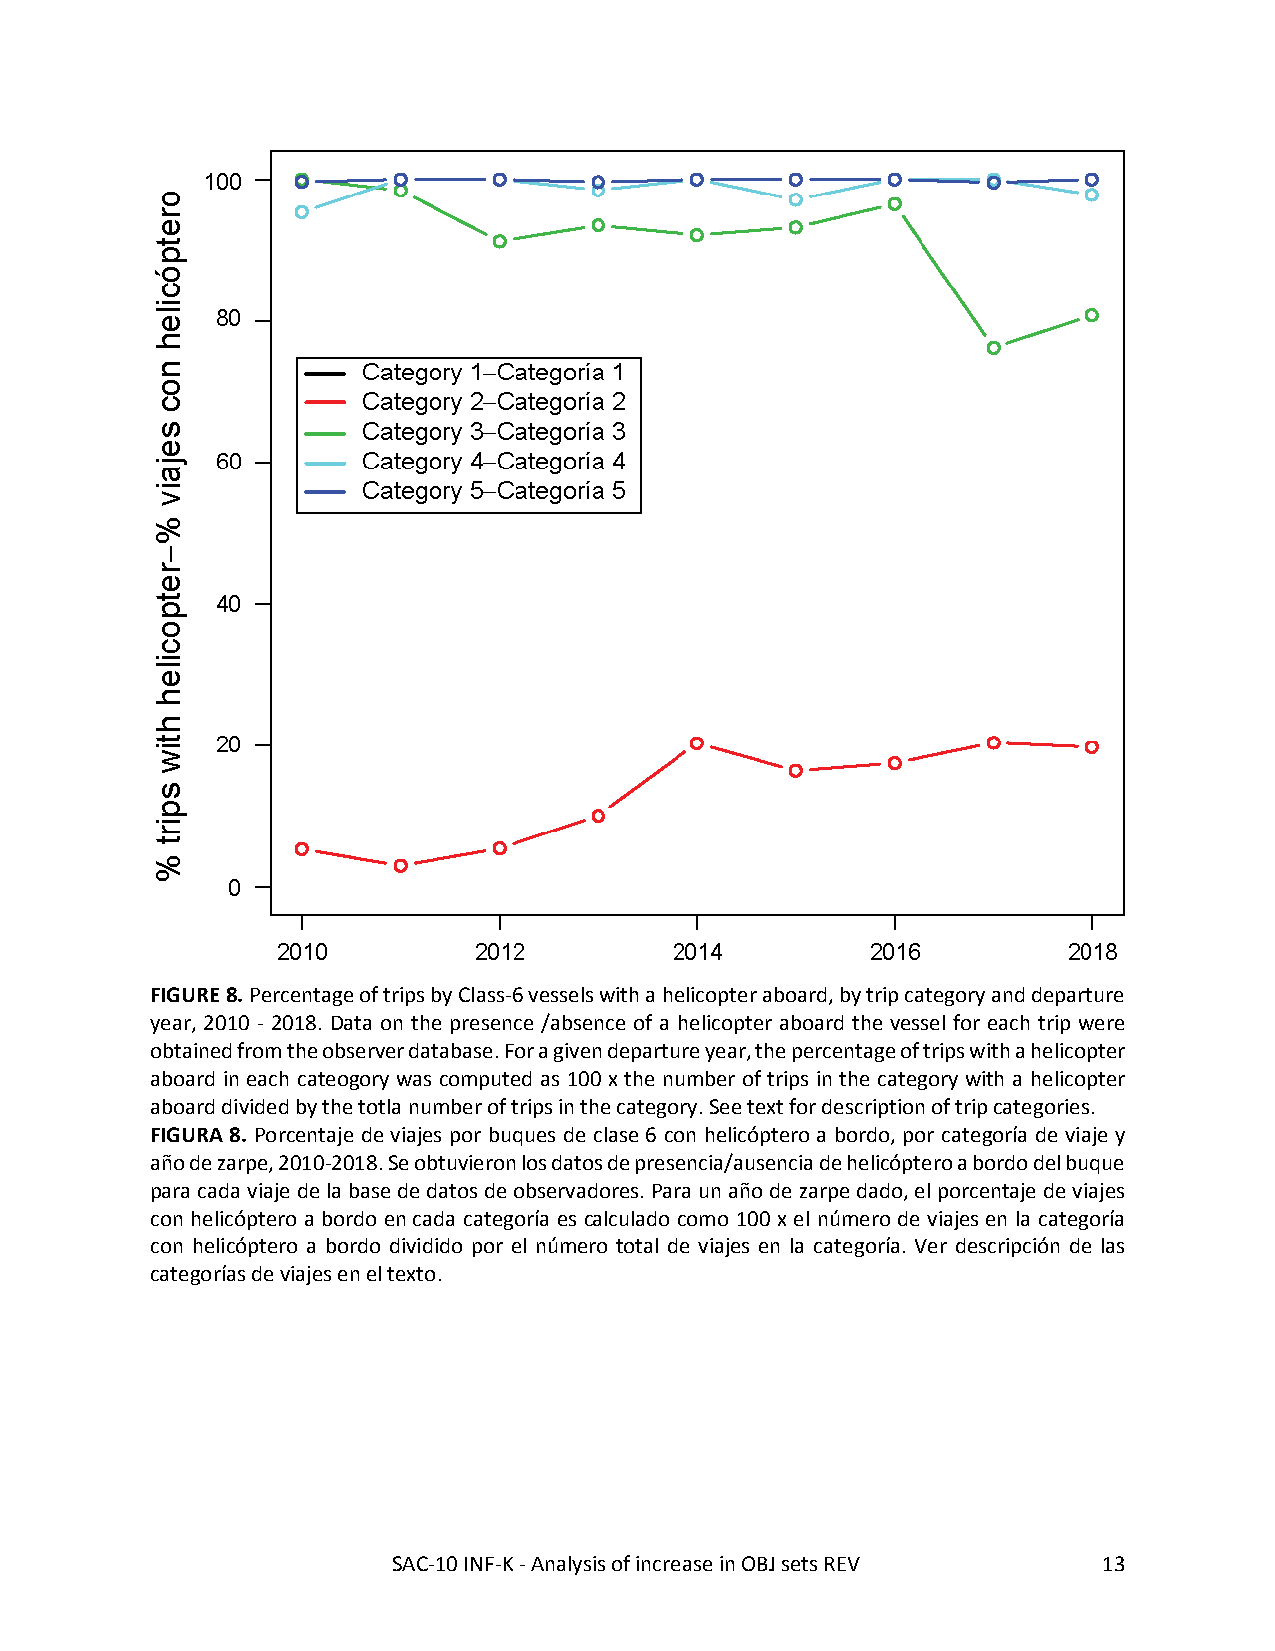
FIGURE 8. Percentage of trips by Class-6 vessels with a helicopter aboard, by trip category and departure
 year, 2010 - 2018. Data on the presence /absence of a helicopter aboard the vessel for each trip were
 obtained from the observer database. For a given departure year, the percentage of trips with a helicopter
 aboard in each cateogory was computed as 100 x the number of trips in the category with a helicopter
 aboard divided by the totla number of trips in the category. See text for description of trip categories.
 FIGURA 8. Porcentaje de viajes por buques de clase 6 con helicóptero a bordo, por categoría de viaje y
 año de zarpe, 2010-2018. Se obtuvieron los datos de presencia/ausencia de helicóptero a bordo del buque
 para cada viaje de la base de datos de observadores. Para un año de zarpe dado, el porcentaje de viajes
 con helicóptero a bordo en cada categoría es calculado como 100 x el número de viajes en la categoría
 con helicóptero a bordo dividido por el número total de viajes en la categoría. Ver descripción de las
 categorías de viajes en el texto.
 SAC-10 INF-K - Analysis of increase in OBJ sets REV 13